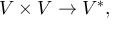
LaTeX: V \times V \to V ^ { * } ,